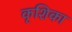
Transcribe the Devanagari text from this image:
कृशिका